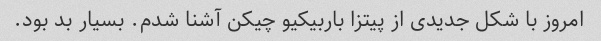
امروز با شکل جدیدی از پیتزا باربیکیو چیکن آشنا شدم. بسیار بد بود.